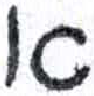
אות: א